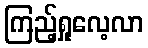
ကြည့်ရှုလေ့လာ